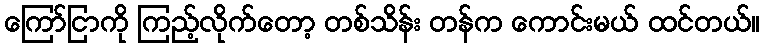
ကြော်ငြာကို ကြည့်လိုက်တော့ တစ်သိန်း တန်က ကောင်းမယ် ထင်တယ်။